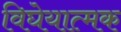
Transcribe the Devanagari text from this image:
विघेयात्मक